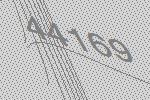
44169